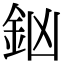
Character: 𨥍